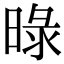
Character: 㫽